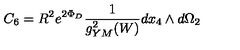
C _ { 6 } = R ^ { 2 } e ^ { 2 \Phi _ { D } } { \frac { 1 } { g _ { Y M } ^ { 2 } ( W ) } } d x _ { 4 } \wedge d \Omega _ { 2 }